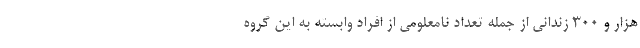
هزار و ۳۰۰ زندانی از جمله تعداد نامعلومی از افراد وابسته به این گروه